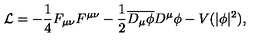
\mathcal { L } = - \frac { 1 } { 4 } F _ { \mu \nu } F ^ { \mu \nu } - \frac { 1 } { 2 } \overline { { D _ { \mu } \phi } } D ^ { \mu } \phi - V ( | \phi | ^ { 2 } ) ,